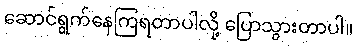
ဆောင်ရွက်နေကြရတာပါလို့ ပြောသွားတာပါ။